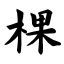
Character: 棵